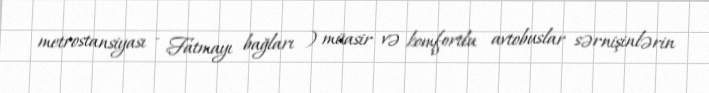
metrostansiyası - Fatmayı bağları ) müasir və komfortlu avtobuslar sərnişinlərin